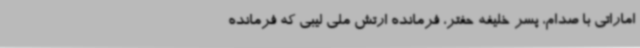
اماراتی با صدام، پسر خلیفه حفتر، فرمانده ارتش ملی لیبی که فرمانده